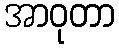
အာဝုတာ